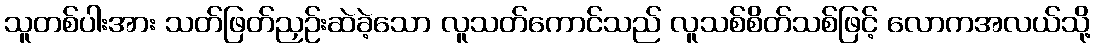
သူတစ်ပါးအား သတ်ဖြတ်ညှဉ်းဆဲခဲ့သော လူသတ်ကောင်သည် လူသစ်စိတ်သစ်ဖြင့် လောကအလယ်သို့